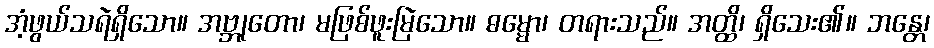
အံ့ဖွယ်သရဲရှိသော။ အဗ္ဘုတော၊ မဖြစ်ဖူးမြဲသော။ ဓမ္မော၊ တရားသည်။ အတ္ထိ၊ ရှိသေး၏။ ဘန္တေ၊